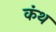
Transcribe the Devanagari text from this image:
कंथ